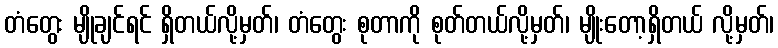
တံတွေး မျိုချင်ရင် ရှိတယ်လို့မှတ်၊ တံတွေး စုတာကို စုတ်တယ်လို့မှတ်၊ မျိုးတော့ရှိတယ် လို့မှတ်၊